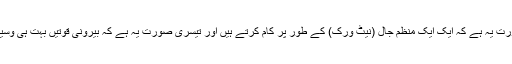
ان کے خطرناک ہونے کی دوسری صورت یہ ہے کہ ایک ایک منظم جال (نیٹ ورک) کے طور پر کام کرتے ہیں اور تیسری صورت یہ ہے کہ بیرونی قوتیں بہت ہی وسیع سطح پر ان کی مالی مدد کررہی ہیں”۔